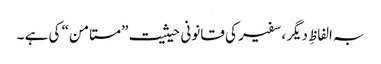
بہ الفاظِ دیگر، سفیر کی قانونی حیثیت ”مستامن“ کی ہے ۔